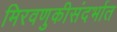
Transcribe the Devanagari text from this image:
मिरवणुकीसंदर्भात